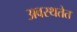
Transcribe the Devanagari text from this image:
अवस्थतेत